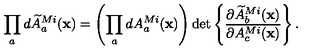
\prod _ { a } d \widetilde { A } _ { a } ^ { M i } ( { \bf x } ) = \left( \prod _ { a } d A _ { a } ^ { M i } ( { \bf x } ) \right) \det \left\{ { \frac { \partial \widetilde { A } _ { b } ^ { M i } ( { \bf x } ) } { \partial A _ { c } ^ { M i } ( { \bf x } ) } } \right\} .